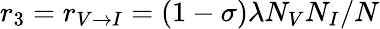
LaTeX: r_{3}=r_{V\rightarrow I}=(1-\sigma)\lambda N_{V}N_{I}/N